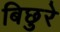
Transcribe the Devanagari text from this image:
बिछुरे